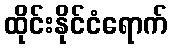
ထိုင်းနိုင်ငံရောက်